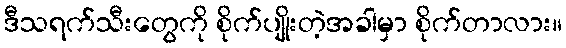
ဒီသရက်သီးတွေကို စိုက်ပျိုးတဲ့အခါမှာ စိုက်တာလား။